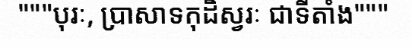
"""បុរៈ, ប្រាសាទកុដិស្វរៈ ជាទីតាំង"""